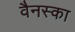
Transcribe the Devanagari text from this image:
वैनस्का